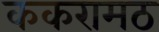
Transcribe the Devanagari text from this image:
ककरामठ